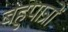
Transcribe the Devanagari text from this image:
बहुपात्रों